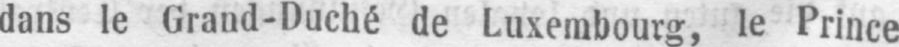
dans le Grand-Duché de Luxembourg, le Prince